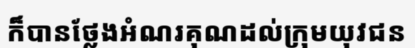
ក៏បានថ្លែងអំណរគុណដល់ក្រុមយុវជន